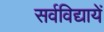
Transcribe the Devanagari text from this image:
सर्वविद्यायें